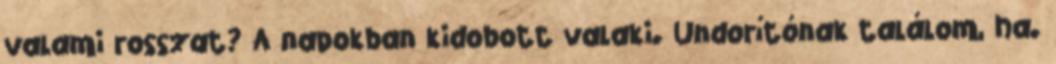
valami rosszat? A napokban kidobott valaki. Undorítónak találom, ha.